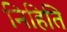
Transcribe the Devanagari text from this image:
निहिति